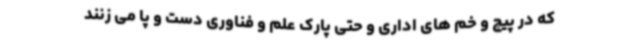
که در پیچ و خم های اداری و حتی پارک علم و فناوری دست و پا می زنند